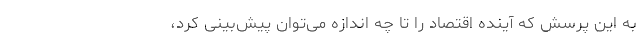
به این پرسش که آینده اقتصاد را تا چه اندازه می‌توان پیش‌بینی کرد،